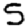
Digit: 5